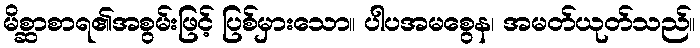
မိစ္ဆာစာရ၏အစွမ်းဖြင့် ပြစ်မှားသော။ ပါပအမစွေန၊ အမတ်ယုတ်သည်။